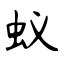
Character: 蚁